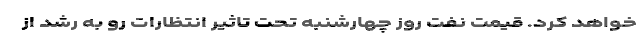
خواهد کرد. قیمت نفت روز چهارشنبه تحت تاثیر انتظارات رو به رشد از